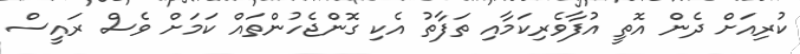
ކުރިއަށް ދެން އޮތީ އުފާވެރިކަމާއި ތަފާތު އެކި ގޮންޖެހުންތައް ކަމަށް ވެސް ރައީސް